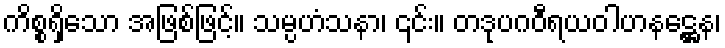
ကိစ္စရှိသော အဖြစ်ဖြင့်။ သမ္ပဟံသနာ၊ ၎င်း။ တဒုပဂဝီရယဝါဟနဋ္ဌေန၊